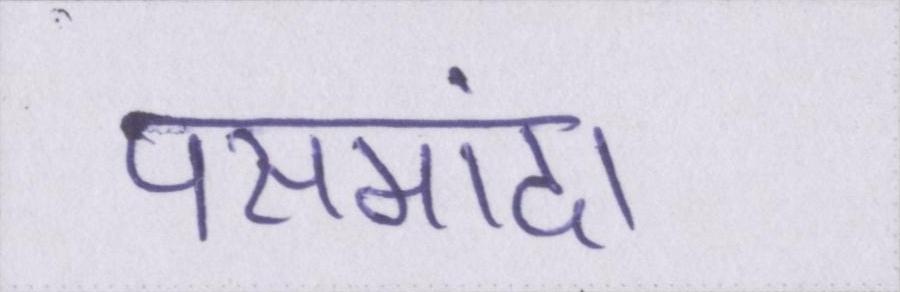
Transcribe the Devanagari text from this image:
पसमांदा